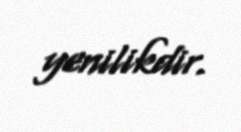
yenilikdir.